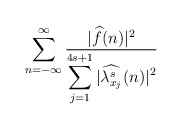
\begin{align*}&\sum_{n=-\infty}^{\infty}\frac{|{\widehat f}(n)|^2}{\displaystyle\sum_{j=1}^{4s+1}|{\widehat {\lambda_{x_j}^s}} (n)|^2} \hskip7cm\end{align*}